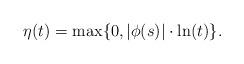
LaTeX: \begin{align*}\eta(t)=\max\{0,|\phi(s)| \cdot \ln(t)\}.\end{align*}